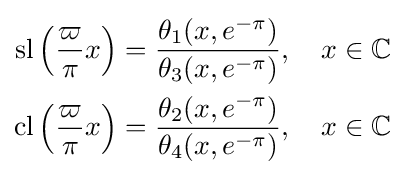
{\begin{aligned}\operatorname {sl} {\Bigl (}{\frac {\varpi }{\pi }}x{\Bigr )}&={\frac {{\theta _{1}}{\left(x,e^{-\pi }\right)}}{{\theta _{3}}{\left(x,e^{-\pi }\right)}}},\quad x\in \mathbb {C} \\\operatorname {cl} {\Bigl (}{\frac {\varpi }{\pi }}x{\Bigr )}&={\frac {{\theta _{2}}{\left(x,e^{-\pi }\right)}}{{\theta _{4}}{\left(x,e^{-\pi }\right)}}},\quad x\in \mathbb {C} \end{aligned}}